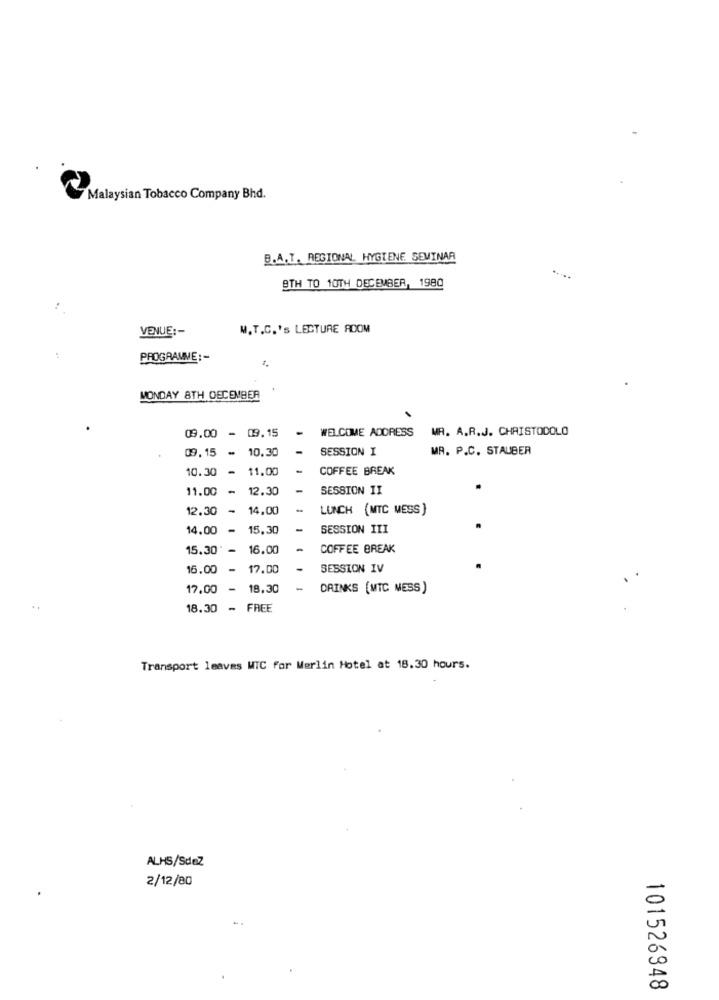
Malaysian Tobacco Company Bhd.
B.A.T. REGIONAL HYGIENE SEMINAR
9TH TO 10TH DECEMBER, 1980
VENUE :-
M.T.C.'s LECTURE ROOM
PROGRAMME :-
MONDAY 8TH DECEMBER
WELCOME ADDRESS
MR. A.R.J. CHAISTODOLO
09.00 - 09.15
09.15 - 10.30
SESSION I
MR. P.C. STAUBER
10.30 - 11.00
COFFEE BREAK
11.00 - 12.30
SESSION II
12.30 - 14.00
LUNCH (MTC MESS)
14.00 - 15.30
SESSION III
15.30 - 16.00
COFFEE BREAK
16.00 - 17.00
SESSION IV
17.00 - 18.30
DRINKS (MTC NESS)
..
18.30 - FREE
Transport leaves WTC for Merlin Hotel at 18.30 hours.
ALHS/SdeZ
2/12/80
101526948